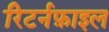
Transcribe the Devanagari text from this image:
रिटर्नफ़ाइल